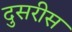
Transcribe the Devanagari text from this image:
दुसरीस